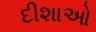
દીશાઓ